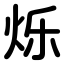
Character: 烁